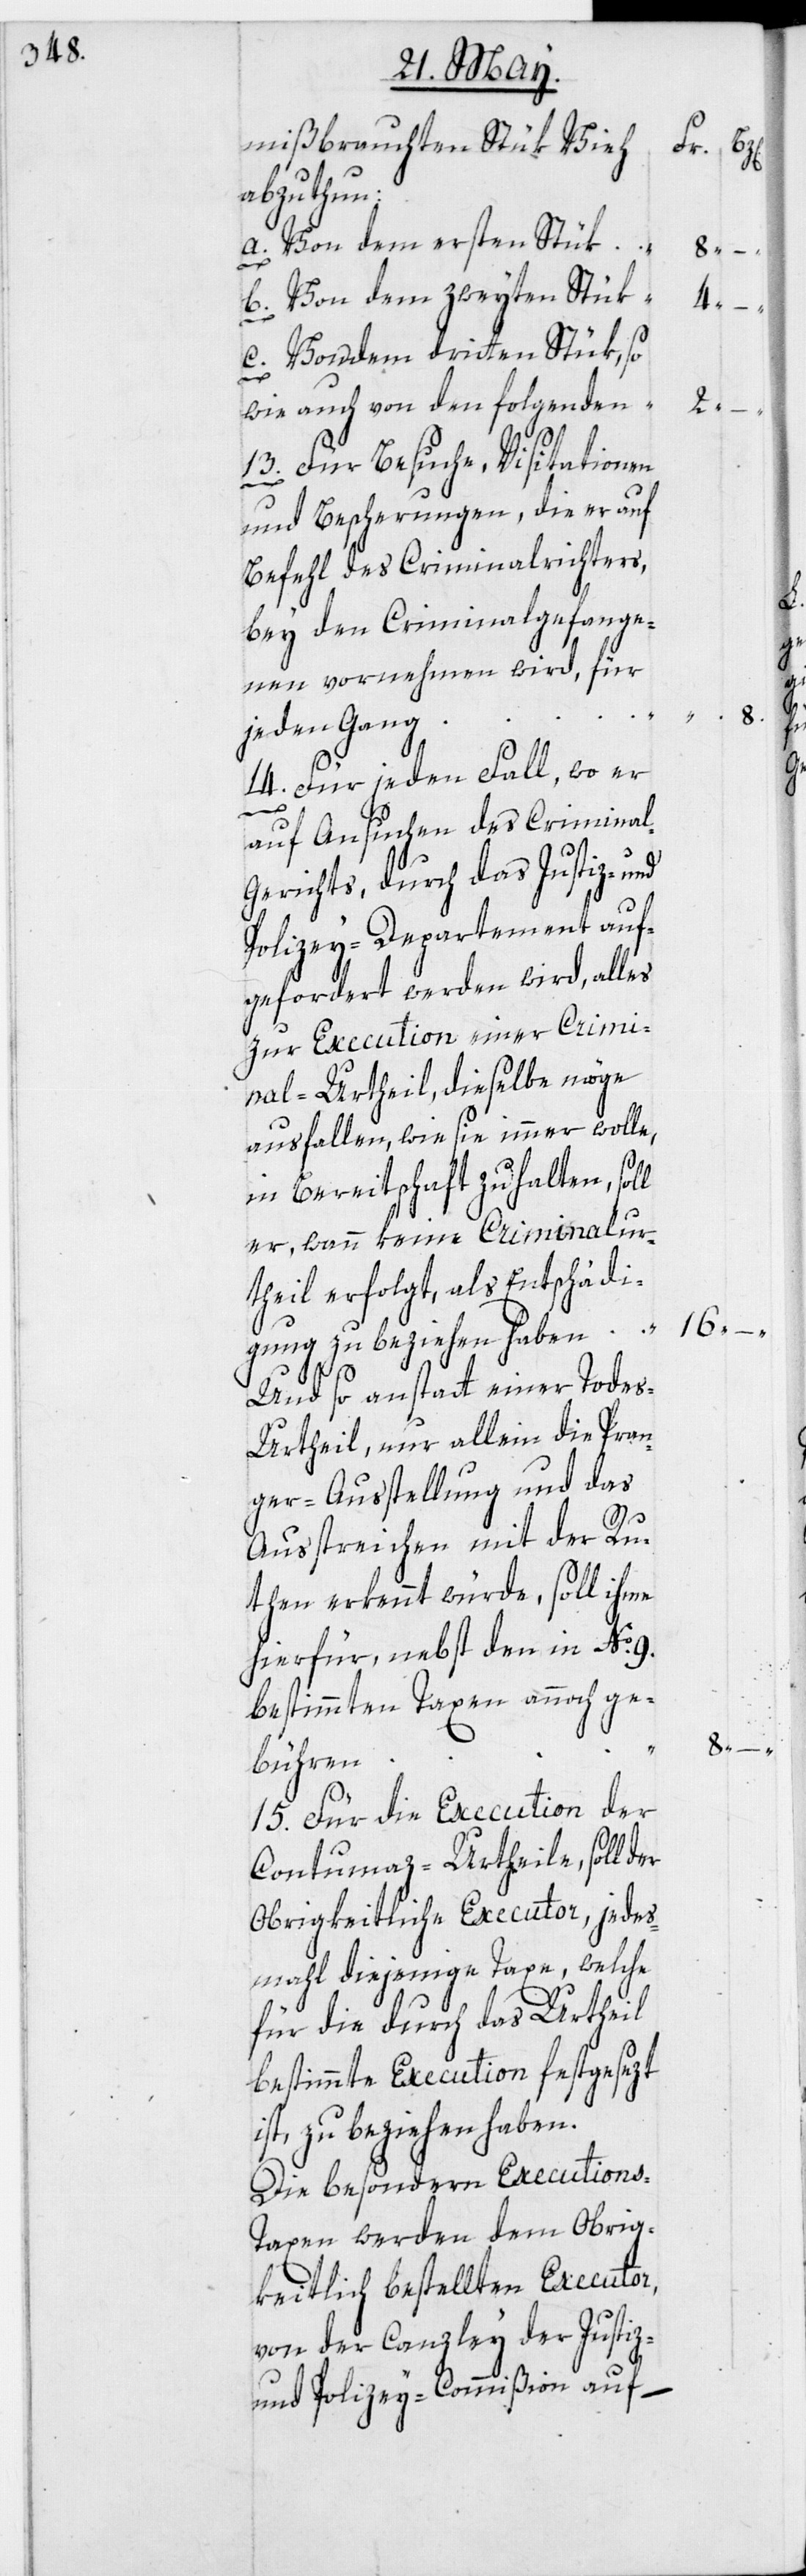
mißbrauchten Stük Vieh
abzuthun:
a. Von dem ersten Stük
l
b. Von dem zweyten Stük
c. Von dem dritten Stük, so
wie auch von den folgenden
13. Für Besuche, Visitationen
und Bescherungen, die er auf
Befehl des Criminalrichters,
bey den Criminalgefange¬
nen vornehmen wird, für
jeden Gang
14. Für jeden Fall, wo er
auf Ansuchen des Crimina¬
erichts, durch das Justiz- und
Polizey-Departement auf¬
gefordert werden wird, alles
zur Execution einer Crimi¬
nal-Urtheil, dieselbe möge
ausfallen, wie sie immer wolle,
in Bereitschaft zu halten, sol¬
er, wann keine Criminalur¬
theil erfolgt, als Entschädi¬
gung zu beziehen haben [Fr.] 16.
Und so anstatt einer Tode¬
s-Urtheil, nur allein die Pran¬
ger-Ausstellung und das
Ausstreichen mit der Ru¬
then erkennt würde, soll ihme
hierfür, nebst den in No. 9.
bestimmten Taxen annoch ge¬
bühren
15. Für die Execution der
Contumaz-Urtheile, soll
Obrigkeitliche Executor, jedes¬
mahl diejenige Taxe, welche
für die durch das Urtheil
bestimmte Execution festgesezt
ist, zu beziehen haben.
Die besondern Execution¬
s-Taxen werden dem Obrig¬
keitlich bestellten Executor,
von der Canzley der Justiz-
und Polizey-Commißion auf

8.

l-G¬
4.